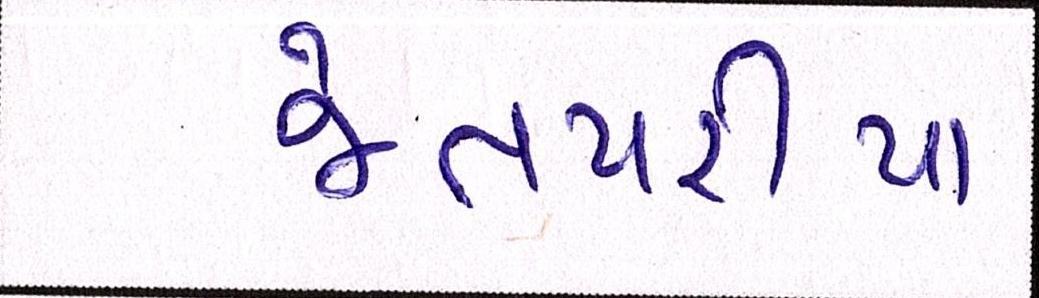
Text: જેતપરીયા